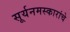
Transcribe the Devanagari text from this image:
सूर्यनमस्कारांचे